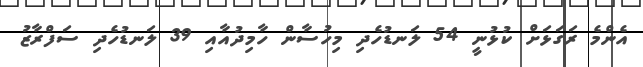
އެންމެ ރަގަޅަށް ކުޅުނީ 54 ލަނޑުހެދި މިހުސާން ހާމިދުއާއި 39 ލަނޑުހެދި ސަފްރާޒު